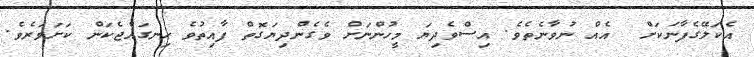
އެކަލޭގެފާނަކަށް  އެއް ނުވާނެތެވެ. އިސްވެދިޔަ މީހުންނަށް ވެގެންދިޔަގޮތް ފާއިތުވެ ހިނގައްޖެކަން ކަށަވަރެވެ.